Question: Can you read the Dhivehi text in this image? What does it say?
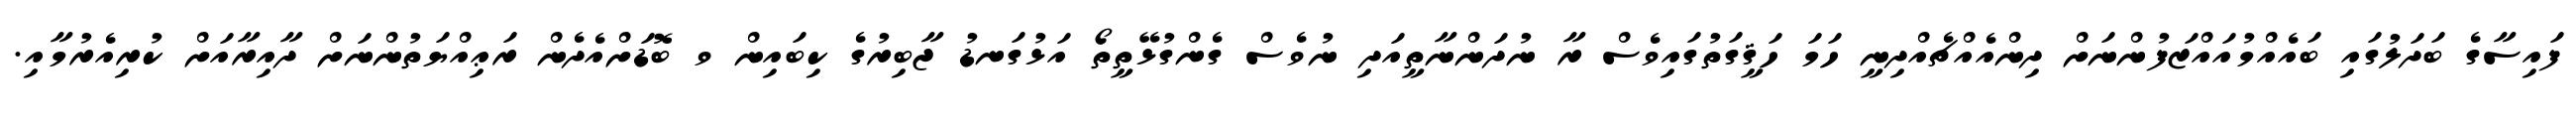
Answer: ފައިސާގެ ބަދަލުގައި ބައެއްމުއައްޒަފުންނަށް ދިންއެއްޗެއްދިނީ ހަމަ ހަޤީގަތުގައިވެސް ރާ ނުދަންނާތީއަދި ނުވެސް ގެންގުޅޭތީތޯ އަޅުގަނޑު ޖާބިރުގެ ކިބައިން ވ ބޮޑަށްއެދެން ރަޢިއްޔަތުންނަށް ދާއިރާއަށް ކުރިއެރުމާއި.